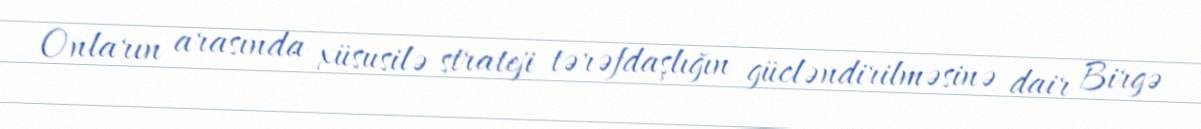
Onların arasında xüsusilə strateji tərəfdaşlığın gücləndirilməsinə dair Birgə